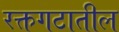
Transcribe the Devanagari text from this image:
रक्तगटातील